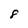
Character: 8